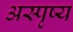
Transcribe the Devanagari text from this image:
अस्पृष्य